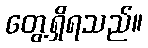
တွေ့ရှိရသည်။